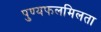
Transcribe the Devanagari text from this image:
पुण्यफलमिलता